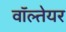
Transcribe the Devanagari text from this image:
वॉल्तेयर